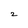
Character: 2